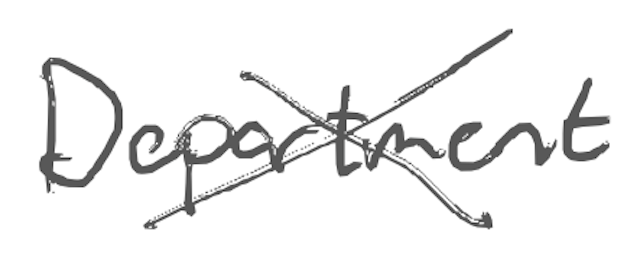
Text: Department
Cross-out: cross
Writing tool: digital_gray